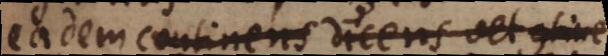
eadem continens dicens vel contine